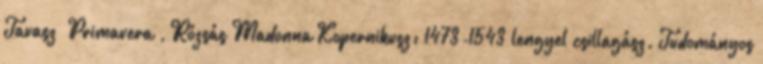
Tavasz Primavera , Rózsás Madonna Kopernikusz: 1473-1543 lengyel csillagász. Tudományos